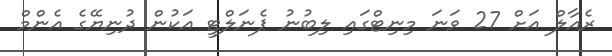
ރެއާލް އަށް 27 ވަނަ މިނިޓްގައި ލިބުނު ޕެނަލްޓީ އަކުން ދުނިޔޭގެ އެންމް